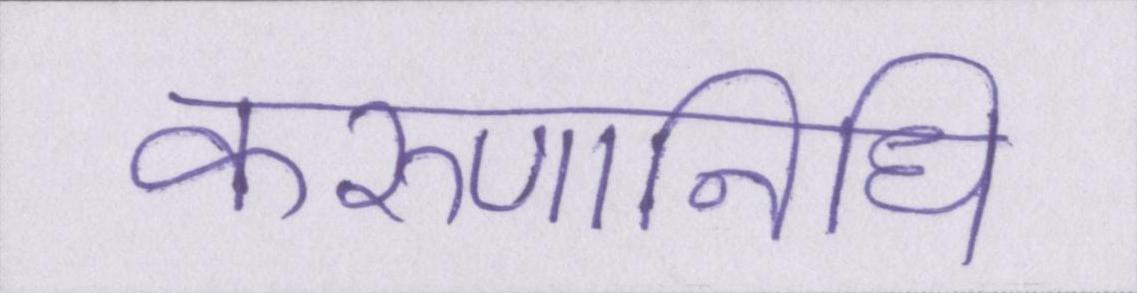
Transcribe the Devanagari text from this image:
करुणानिधि